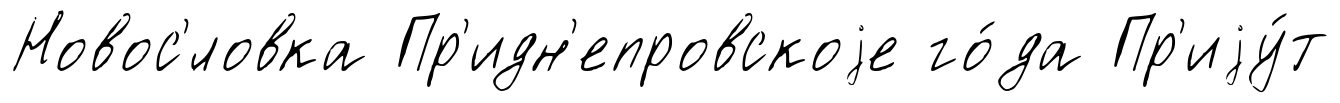
Новос'́ловка Пр'идн'епровскоjе го́да Пр'иjу́т